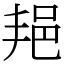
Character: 邫